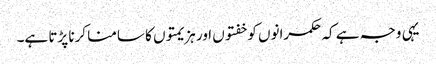
یہی وجہ ہے کہ حکمرانوں کو خفتوں اور ہزیمتوں کا سامنا کرنا پڑتا ہے۔